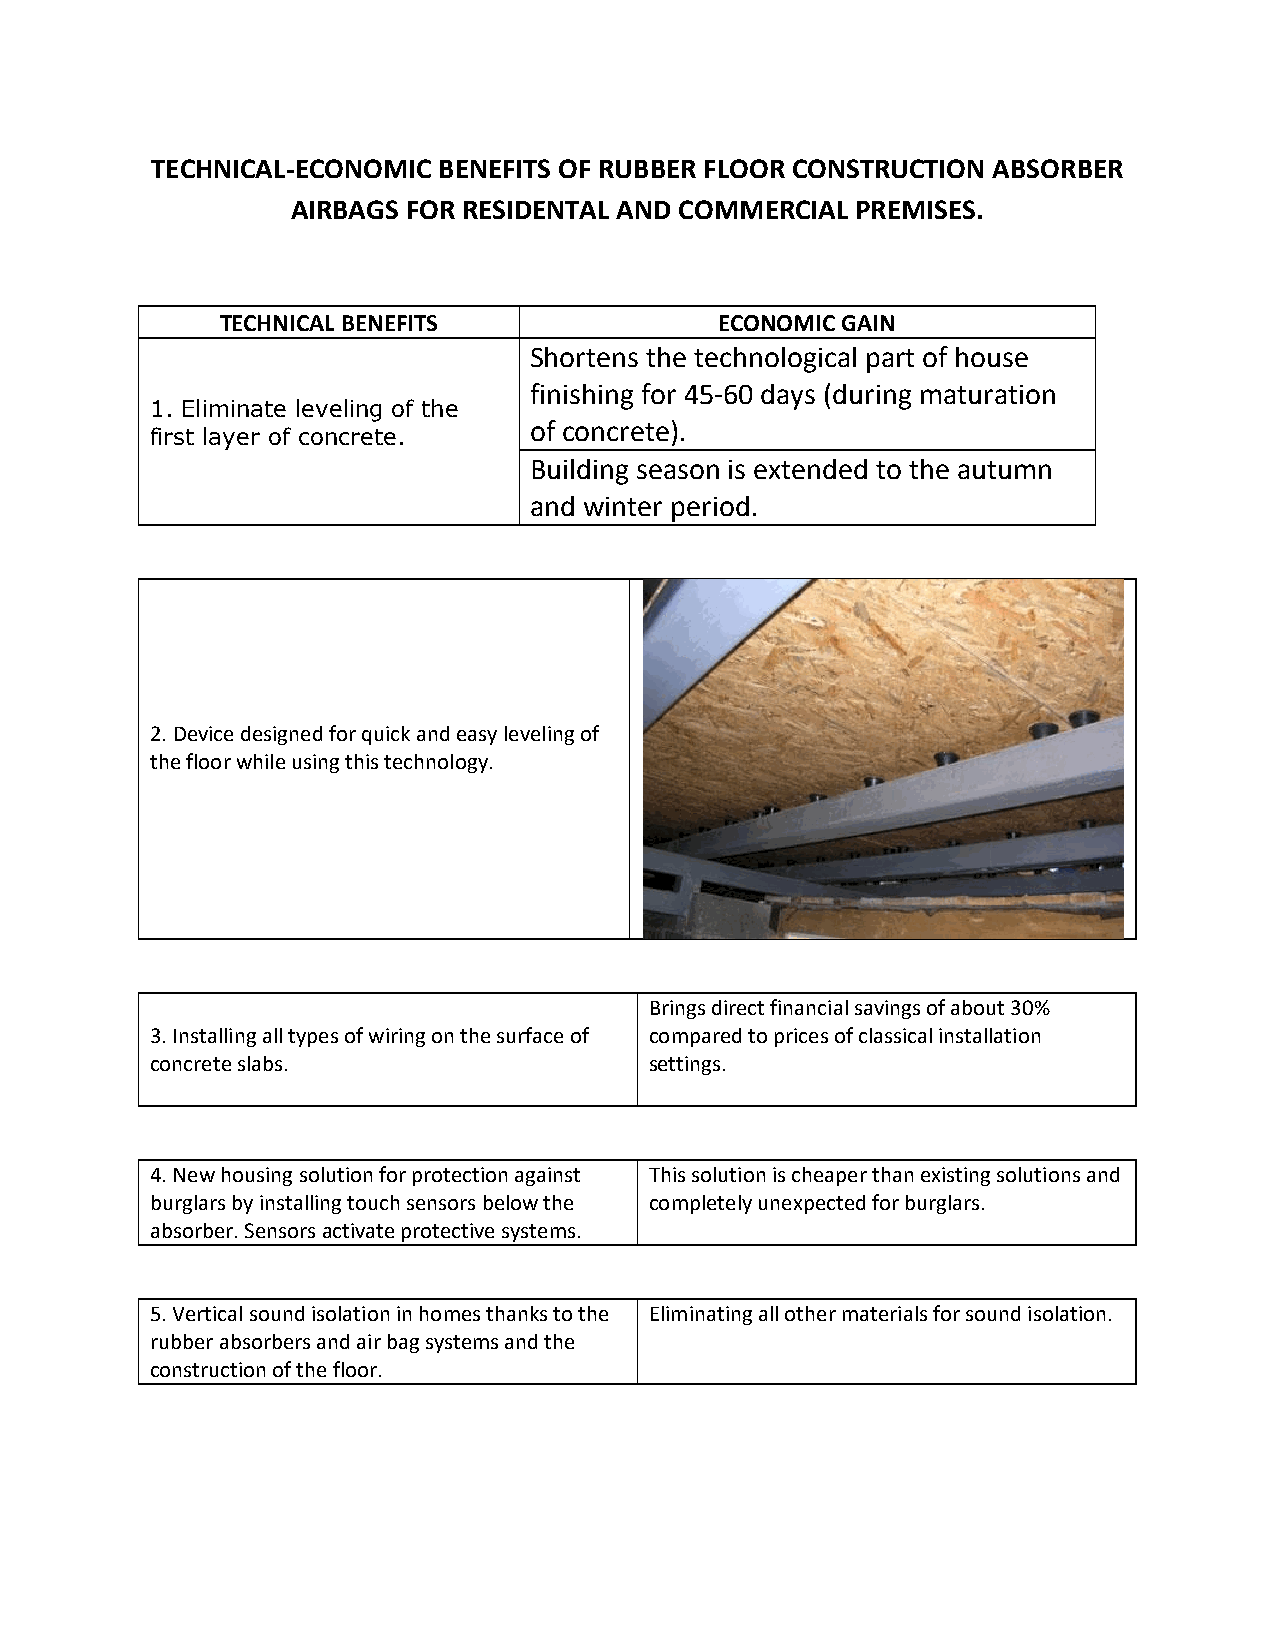
TECHNICAL-ECONOMIC BENEFITS OF RUBBER FLOOR CONSTRUCTION ABSORBER
 AIRBAGS FOR RESIDENTAL AND COMMERCIAL PREMISES.
 TECHNICAL BENEFITS               ECONOMIC GAIN
 Shortens the technological part of house
 finishing for 45-60 days (during maturation
 1. Eliminate leveling of the
 first layer of concrete.
 of concrete).
 Building season is extended to the autumn
 and winter period.
 2. Device designed for quick and easy leveling of
 the floor while using this technology.
 Brings direct financial savings of about 30%
 3. Installing all types of wiring on the surface of compared to prices of classical installation
 concrete slabs.                  settings.
 4. New housing solution for protection against This solution is cheaper than existing solutions and
 burglars by installing touch sensors below the completely unexpected for burglars.
 absorber. Sensors activate protective systems.
 5. Vertical sound isolation in homes thanks to the Eliminating all other materials for sound isolation.
 rubber absorbers and air bag systems and the
 construction of the floor.